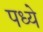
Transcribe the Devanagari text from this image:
पध्ये